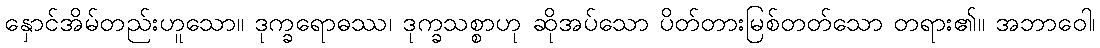
နှောင်အိမ်တည်းဟူသော။ ဒုက္ခရောဓဿ၊ ဒုက္ခသစ္စာဟု ဆိုအပ်သော ပိတ်တားမြစ်တတ်သော တရား၏။ အဘာဝေါ၊